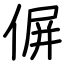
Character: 偋